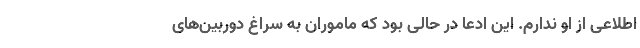
اطلاعی از او ندارم. این ادعا در حالی بود که ماموران به سراغ دوربین‌های